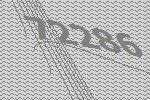
72286